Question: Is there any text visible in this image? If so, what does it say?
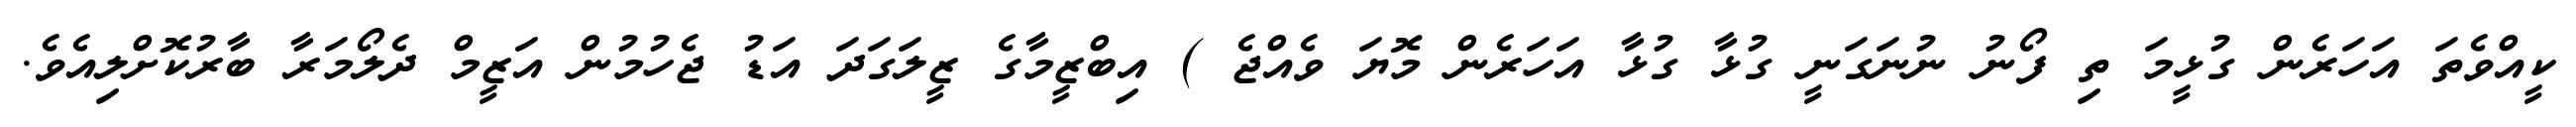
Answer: ކީއްވެތަ އަހަރެން ގުޅީމަ ތި ފޯނު ނުނަގަނީ ގުޅާ ގުޅާ އަހަރެން މޮޔަ ވެއްޖެ ) އިބްޒީމާގެ ޒީލަގަދަ އަޑު ޖެހުމުން އަޒީމް ދެލޯމަރާ ބާރުކޮށްލިއެވެ.